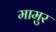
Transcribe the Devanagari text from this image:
मामुर